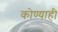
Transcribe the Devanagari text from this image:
कोण्याही